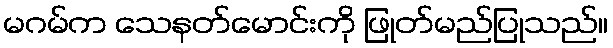
မဂမ်က သေနတ်မောင်းကို ဖြုတ်မည်ပြုသည်။